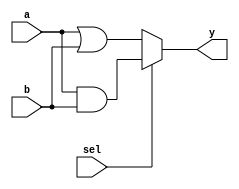
module combinational_logic (
    input wire a,         // Input signal a
    input wire b,         // Input signal b
    input wire sel,       // Select input for conditional logic
    output reg y          // Output signal y
);

// Combinational logic description
always @(*) begin
    // Using the blocking assignment to derive output y based on inputs
    if (sel) begin
        y = a & b;       // AND operation when sel is high
    end else begin
        y = a | b;       // OR operation when sel is low
    end
end

endmodule